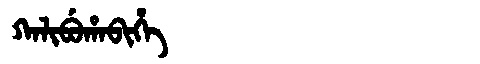
Manchu: ᡴᠠᠯᡳᠪᡠᡥᠠᠪᡳᡥᡝ
Romanization: KALIBUHABIHE